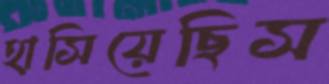
হাসিয়েছিস